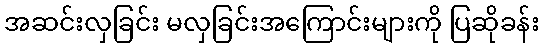
အဆင်းလှခြင်း မလှခြင်းအကြောင်းများကို ပြဆိုခန်း